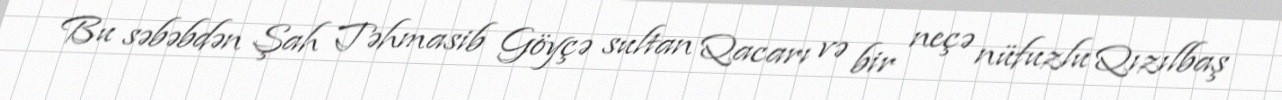
Bu səbəbdən Şah Təhmasib Göyçə sultan Qacarı və bir neçə nüfuzlu Qızılbaş